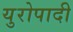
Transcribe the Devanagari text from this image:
युरोपादी